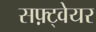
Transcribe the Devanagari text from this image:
सफ़्ट्वेयर